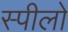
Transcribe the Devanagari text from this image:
स्पीलो